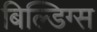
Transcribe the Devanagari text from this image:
बिल्डिग्स